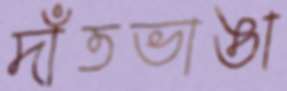
দাঁতভাঙা